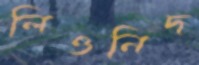
লিওনিদ